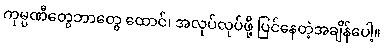
ကုမ္ပဏီတွေဘာတွေ ထောင်၊ အလုပ်လုပ်ဖို့ ပြင်နေတဲ့အချိန်ပေါ့။